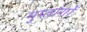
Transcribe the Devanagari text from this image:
गुप्‍तांगों